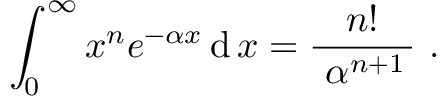
\int _ { 0 } ^ { \infty } x ^ { n } e ^ { - \alpha x } \operatorname { d } x = { \frac { n ! } { ~ \alpha ^ { n + 1 } \, } } ~ .